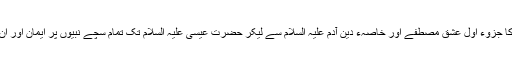
ان مسلمانوں کے ایمان کا جزوء اول عشق مصطفے اور خاصہء دین آدم علیہ السلام سے لیکر حضرت عیسی علیہ السلام تک تمام سچے نبیوں پر ایمان اور ان کی توقیر و تکریم ہے۔